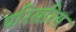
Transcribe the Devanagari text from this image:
परिसरिय